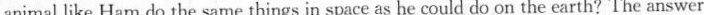
animal like Ham do the same things in space as he could do on the earth? The answer